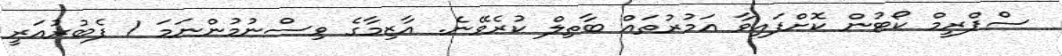
ސްޕްރީމް ކޯޓުން ކޮށްފައިވާ އަމުރުތައް ބާތިލް ކުރެވޭނެ. އާޒިމާގެ ވިސްނުމުންނަމަ 1 ފެބުރުއަރީ